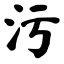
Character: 污